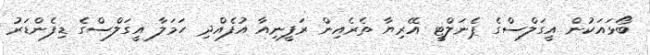
ބޯޅައަކުން އީގަލްސްގެ ޕެނަލްޓީ އޭރިޔާ ތެރެއިން ރަފީނިއާ އުފެއްދި ހަމަލާ އީގަލްސްގެ ޑިފެންޑަރު